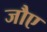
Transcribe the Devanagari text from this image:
जौए